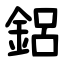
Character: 鋁